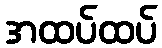
အထပ်ထပ်